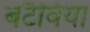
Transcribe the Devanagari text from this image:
बटैविया